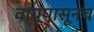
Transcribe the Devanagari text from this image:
वायूपासूनच